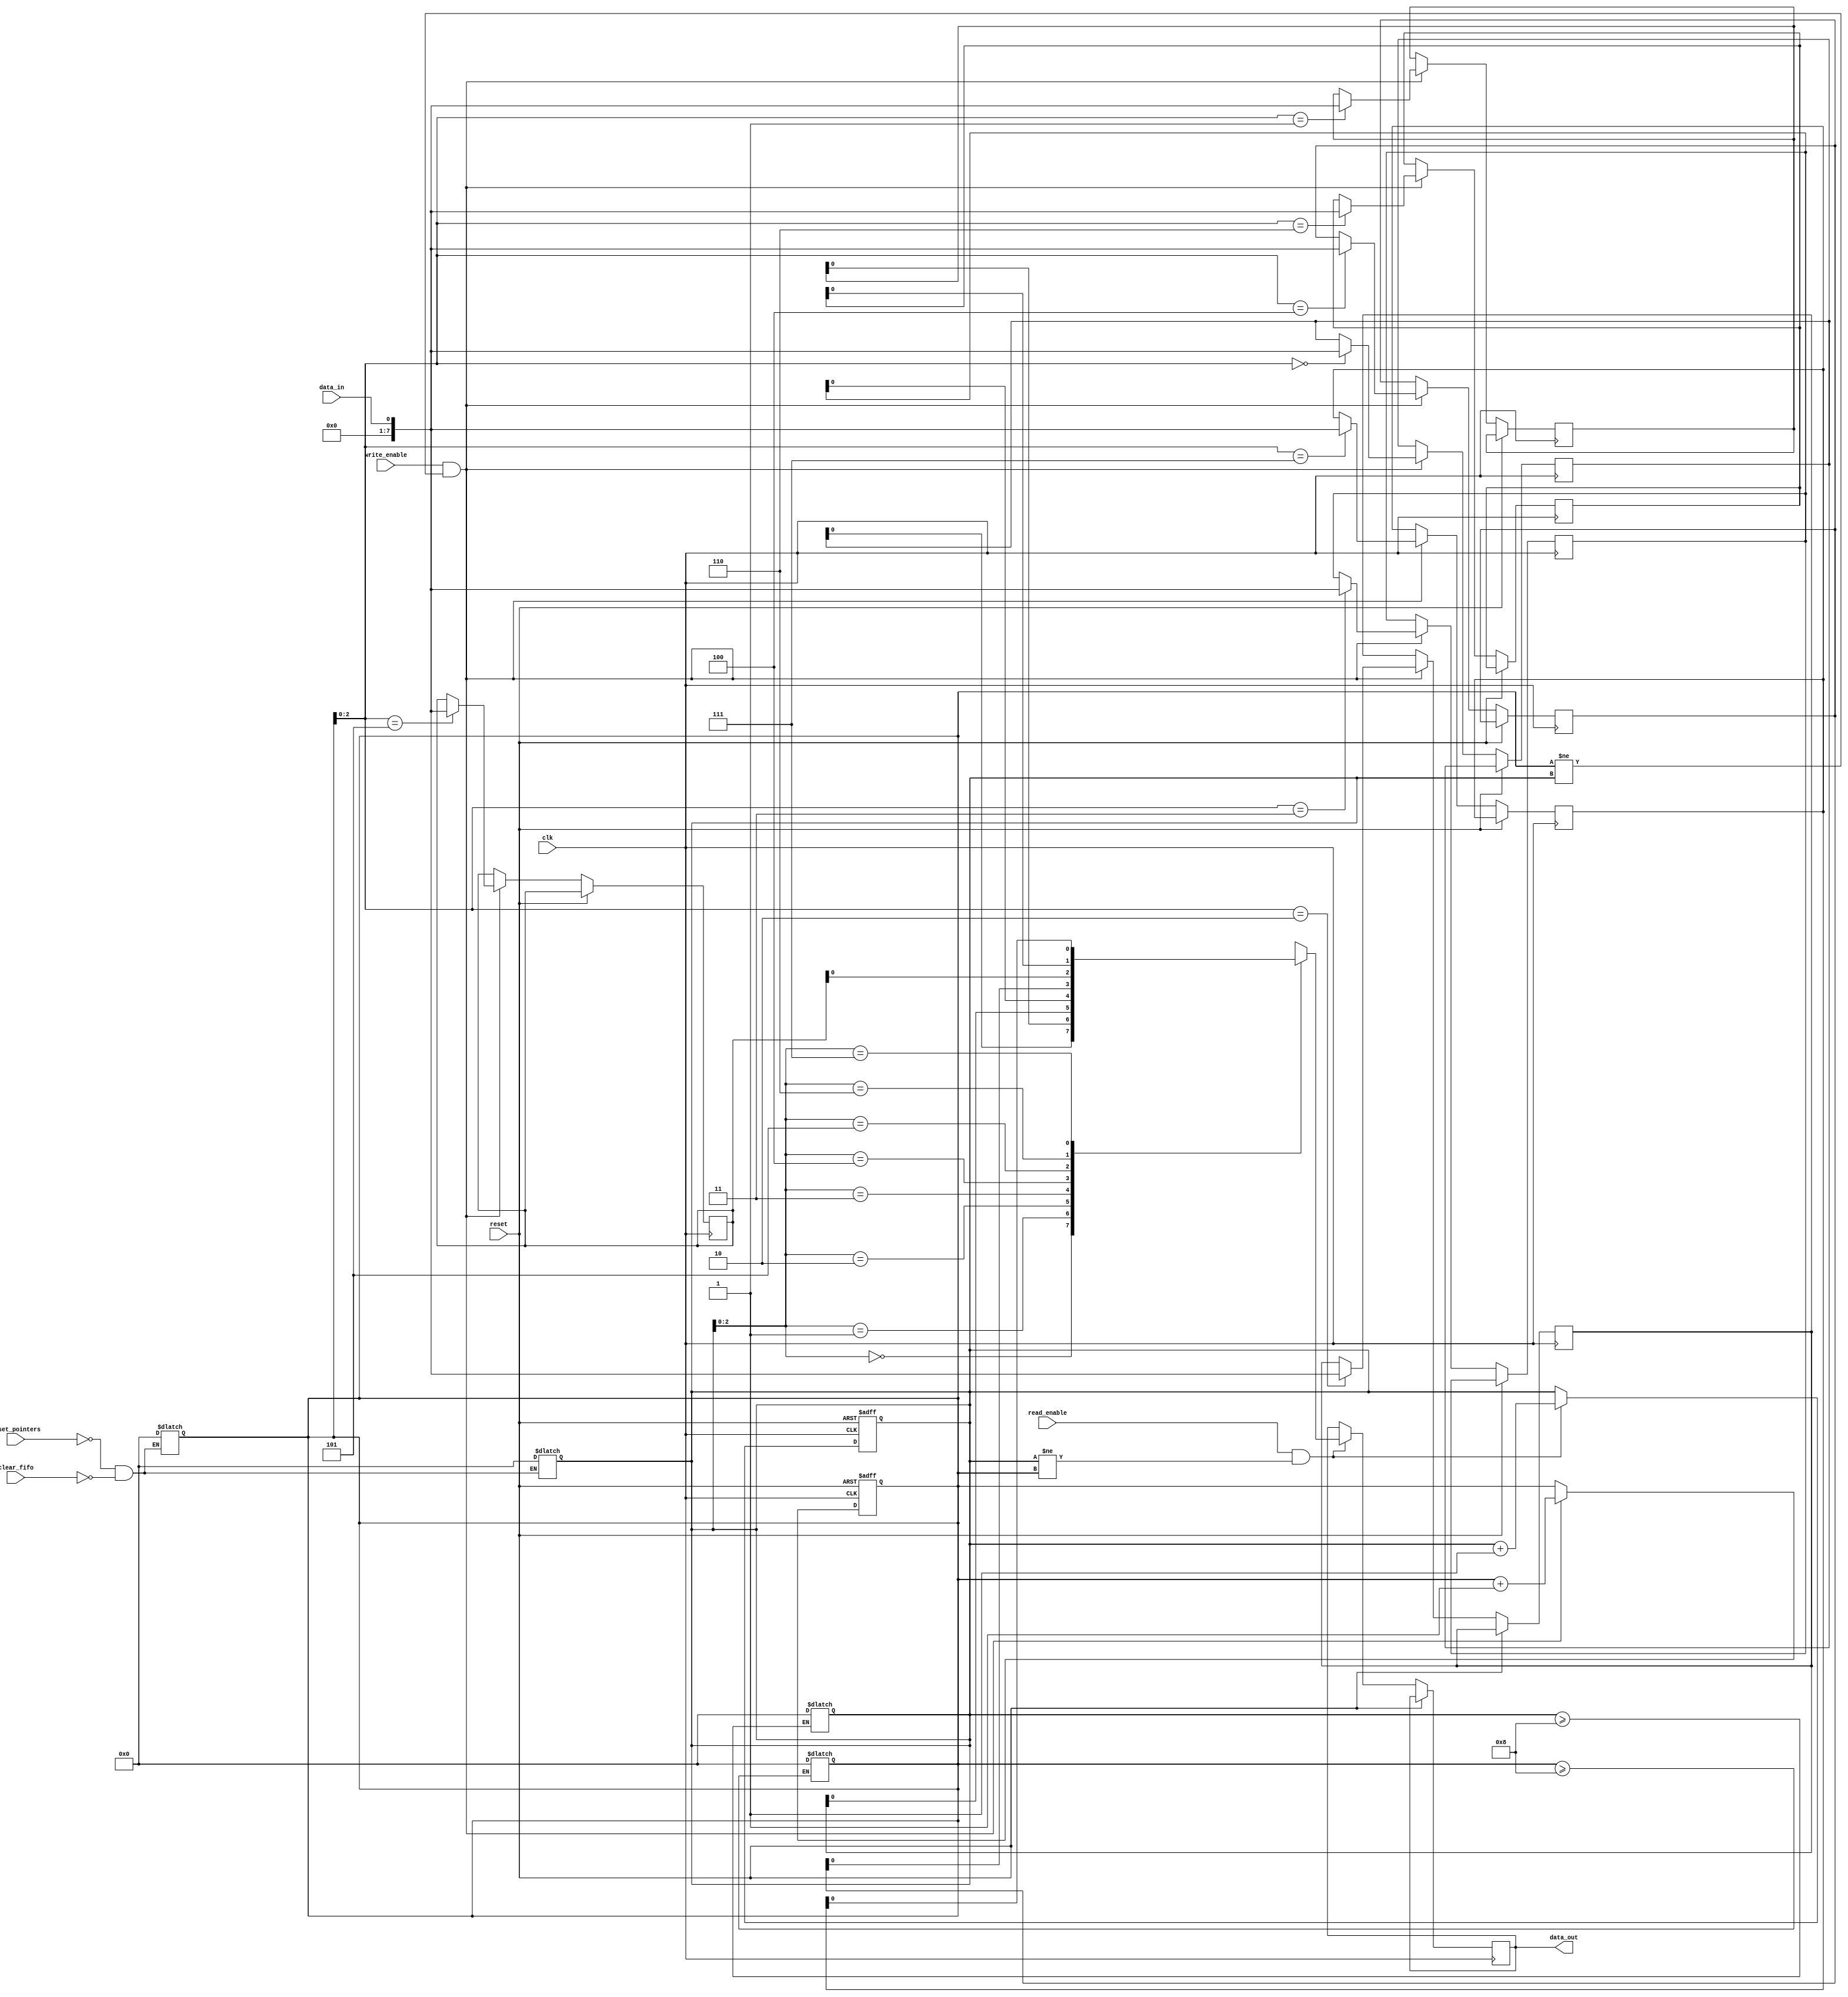
module gray_fifo (
    input wire clk,
    input wire reset,
    
    // Data input and output
    input wire data_in,
    output wire data_out,
    
    // Control signals
    input wire read_enable,
    input wire write_enable,
    
    // Control signals for FIFO clearing and pointer reset
    input wire clear_fifo,
    input wire reset_pointers
);

// Parameters
parameter FIFO_DEPTH = 8; // Depth of the FIFO

// Gray code registers for storing data
reg [FIFO_DEPTH-1:0] fifo [0:FIFO_DEPTH-1];

// Read and write pointers
reg [FIFO_DEPTH-1:0] read_ptr;
reg [FIFO_DEPTH-1:0] write_ptr;

// Logic for moving data in and out of FIFO
always @ (posedge clk or posedge reset) begin
    if (reset) begin
        read_ptr <= 0;
        write_ptr <= 0;
    end else begin
        if (read_enable && read_ptr != write_ptr) begin
            data_out <= fifo[read_ptr];
            read_ptr <= read_ptr + 1;
        end
        
        if (write_enable && write_ptr != read_ptr) begin
            fifo[write_ptr] <= data_in;
            write_ptr <= write_ptr + 1;
        end
    end
end

// Logic for handling overflow and underflow conditions
always @ (*) begin
    if (write_ptr >= FIFO_DEPTH) begin
        write_ptr <= 0;
    end
    
    if (read_ptr >= FIFO_DEPTH) begin
        read_ptr <= 0;
    end
end

// Logic for clearing FIFO and resetting pointers
always @* begin
    if (clear_fifo) begin
        read_ptr <= 0;
        write_ptr <= 0;
    end
    
    if (reset_pointers) begin
        read_ptr <= 0;
        write_ptr <= 0;
    end
end

endmodule